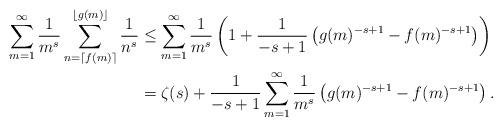
LaTeX: \begin{align*}\sum_{m=1}^\infty\frac{1}{m^s}\sum_{n = \lceil f(m) \rceil}^{\lfloor g(m) \rfloor}\frac{1}{n^s}&\leq\sum_{m=1}^\infty\frac{1}{m^s}\left(1+\frac{1}{-s+1}\left( g(m)^{-s+1} - f(m)^{-s+1}\right)\right)\\&=\zeta(s)+\frac{1}{-s+1}\sum_{m=1}^\infty\frac{1}{m^s}\left(g(m)^{-s+1} - f(m)^{-s+1}\right).\end{align*}